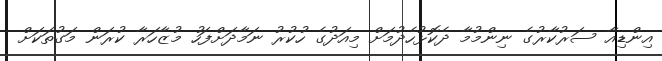
އިންޑިއާ ސަރުކާރުގެ ނިންމުމާ ދެކޮޅުހެދުމަށް މިއަދުގެ ހުކުރު ނަމާދަށްފަހު މުޒާހަރާ ކުރަން މަގުތަކަށް